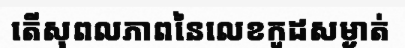
តើសុពលភាពនៃលេខកូដសម្ងាត់